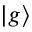
| g \rangle